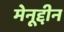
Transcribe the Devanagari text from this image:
मेनूद्दीन